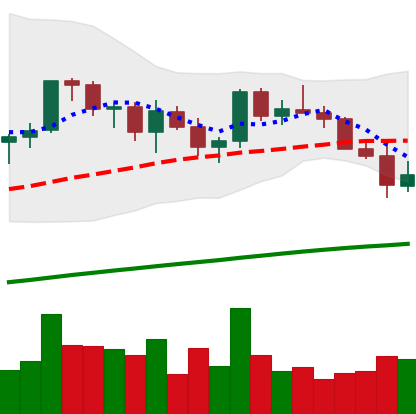
Ticker: LINK-USD
Chart end date: 2021-03-25
Forward return: 8.592%
Label: up_7plus